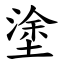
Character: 塗